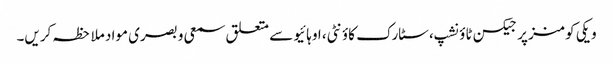
ویکی کومنز پر جیکسن ٹاؤنشپ، سٹارک کاؤنٹی، اوہائیو سے متعلق سمعی و بصری مواد ملاحظہ کریں۔